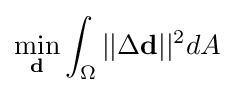
\min _{\textbf {d}}\int _{\Omega }||\Delta {\textbf {d}}||^{2}dA